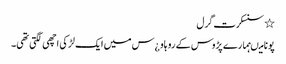
٭ سنسکرت گرل
پونا میںہمارے پڑوس کے رو ہاو ¿س میں ایک لڑکی اچھی لگتی تھی۔